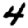
Digit: 4